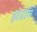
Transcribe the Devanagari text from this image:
झेडाँग